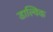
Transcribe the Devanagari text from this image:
डाल्विक